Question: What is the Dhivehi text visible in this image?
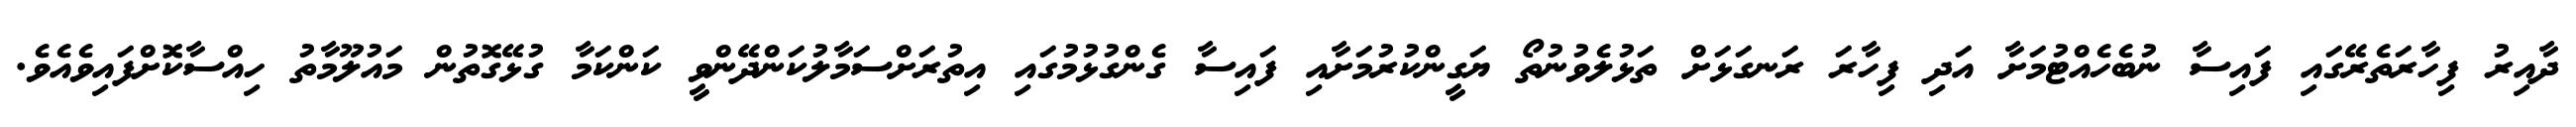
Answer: ދާއިރު ފިހާރަތެރޭގައި ފައިސާ ނުބެހެއްޓުމަށާ އަދި ފިހާރަ ރަނގަޅަށް ތަޅުލެވުނުތޯ ޔަގީންކުރުމަށާއި ފައިސާ ގެންގުޅުމުގައި އިތުރަށްސަމާލުކަންދޭންވީ ކަންކަމާ ގުޅޭގޮތުން މައުލޫމާތު ހިއްސާކޮށްފައިވެއެވެ.